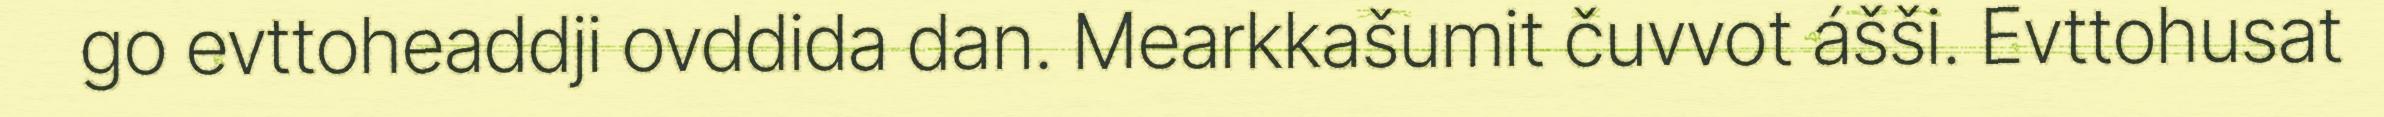
go evttoheaddji ovddida dan. Mearkkašumit čuvvot ášši. Evttohusat